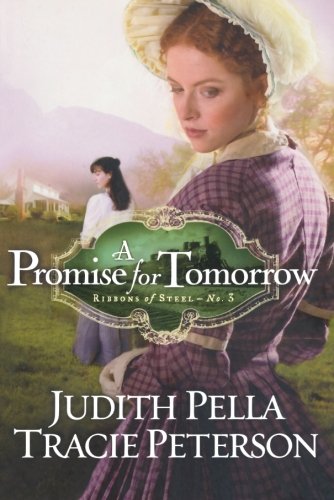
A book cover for A Promise for Tomorrow (Ribbons of Steel); Judith Pella; Romance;